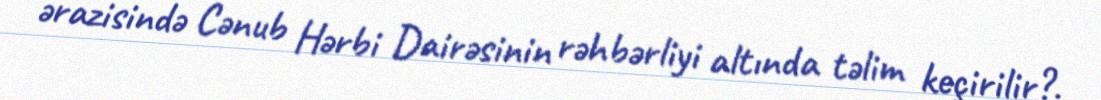
ərazisində Cənub Hərbi Dairəsinin rəhbərliyi altında təlim keçirilir?.